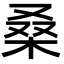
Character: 桑